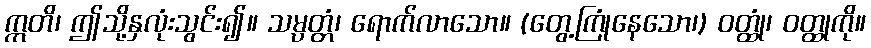
ဣတိ၊ ဤသို့နှလုံးသွင်း၍။ သမ္ပတ္တံ၊ ရောက်လာသော။ (တွေ့ကြုံနေသော၊) ဝတ္ထုံ၊ ဝတ္ထုကို။